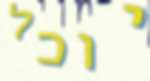
יוכל